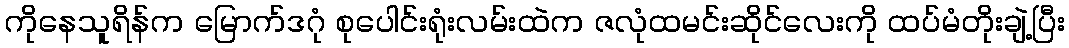
ကိုနေသူရိန်က မြောက်ဒဂုံ စုပေါင်းရုံးလမ်းထဲက ဇလုံထမင်းဆိုင်လေးကို ထပ်မံတိုးချဲ့ပြီး